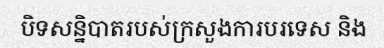
បិទសន្និបាតរបស់ក្រសួងការបរទេស និង